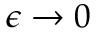
\epsilon \rightarrow 0